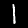
Label: 1